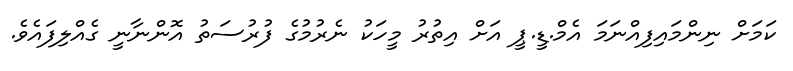
ކަމަށް ނިންމައިފިއްނަމަ އެމް.ޑީ.ޕީ އަށް އިތުރު މީހަކު ނެރުމުގެ ފުރުސަތު އޮންނާނީ ގެއްލިފައެވެ.